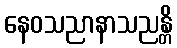
နေဝသညာနာသညန္တိ